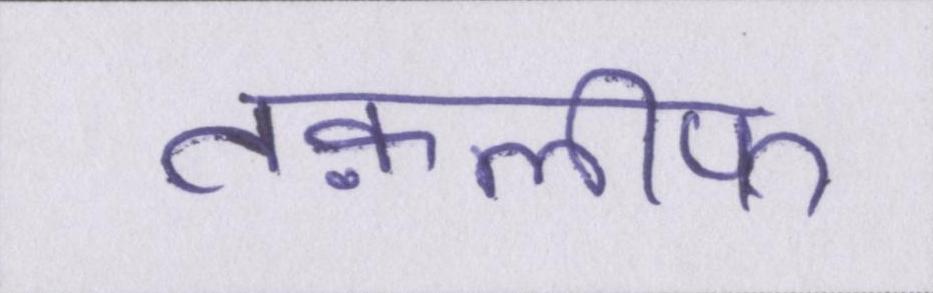
तक़लीफ़